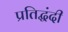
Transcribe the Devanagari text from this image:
प्रतिद्घंदी